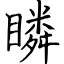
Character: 瞵